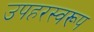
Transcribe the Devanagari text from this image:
उपहरस्वरूप